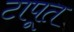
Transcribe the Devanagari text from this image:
टापूत